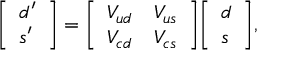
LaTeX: { \left[ \begin{array} { l } { d ^ { \prime } } \\ { s ^ { \prime } } \end{array} \right] } = { \left[ \begin{array} { l l } { V _ { u d } } & { V _ { u s } } \\ { V _ { c d } } & { V _ { c s } } \end{array} \right] } { \left[ \begin{array} { l } { d } \\ { s } \end{array} \right] } ,